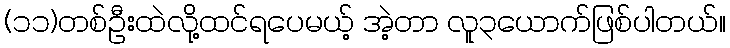
(၁၁)တစ်ဦးထဲလို့ထင်ရပေမယ့် အဲ့တာ လူ၃ယောက်ဖြစ်ပါတယ်။